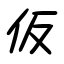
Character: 仮